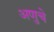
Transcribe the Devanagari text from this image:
अणुचे